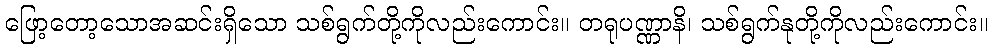
ဖြော့တော့သောအဆင်းရှိသော သစ်ရွက်တို့ကိုလည်းကောင်း။ တရုပဏ္ဏာနိ၊ သစ်ရွက်နုတို့ကိုလည်းကောင်း။